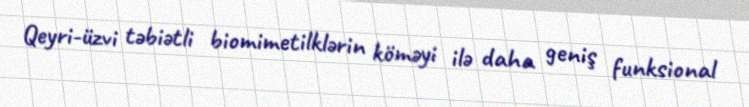
Qeyri-üzvi təbiətli biomimetilklərin köməyi ilə daha geniş funksional